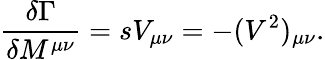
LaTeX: {\frac{\delta\Gamma}{\delta M^{\mu\nu}}}=sV_{\mu\nu}=-(V^{2})_{\mu\nu}.